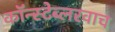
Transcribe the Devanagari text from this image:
कॉन्स्टेब्लरवाच